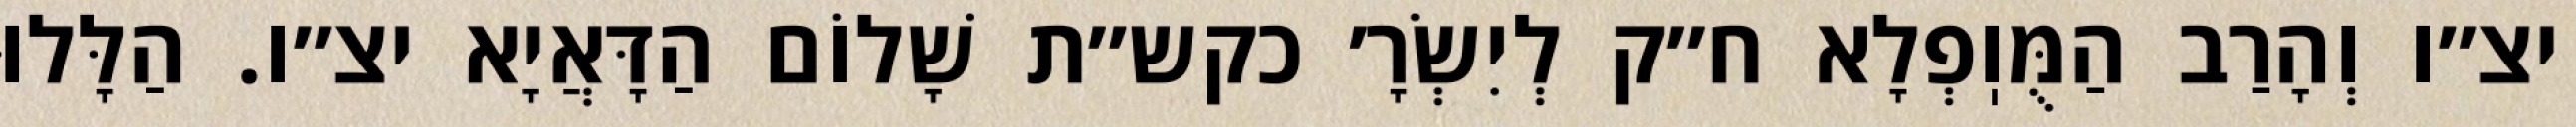
יצ״ו וְהָרַב הַמֻּוֽפְלָא ח״ק לְיִשְׂרָ׳ כקש״ת שָׁלוֹם הַדָּאֲיָא יצ״ו. הַלָּלוּ